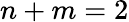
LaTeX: n+m=2